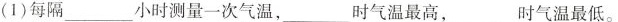
(1) 每隔___小时测量一次气温，___时气温最高，___时气温最低。